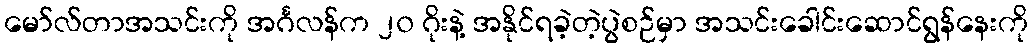
မော်လ်တာအသင်းကို အင်္ဂလန်က ၂၀ ဂိုးနဲ့ အနိုင်ရခဲ့တဲ့ပွဲစဉ်မှာ အသင်းခေါင်းဆောင်ရွန်နေးကို